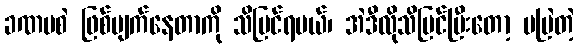
ခဏမစဲ ဖြစ်ပျက်နေတာကို သိမြင်ရမယ်၊ အဲဒီလိုသိမြင်ပြီးတော့ မမြဲတဲ့